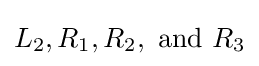
L_{2},R_{1},R_{2},{\text{ and }}R_{3}